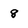
Character: 8